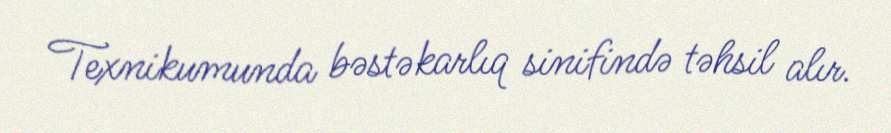
Texnikumunda bəstəkarlıq sinifində təhsil alır.